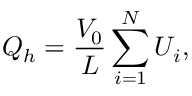
Q _ { h } = \frac { V _ { 0 } } { L } \sum _ { i = 1 } ^ { N } U _ { i } ,